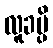
လူခမ္ပိ